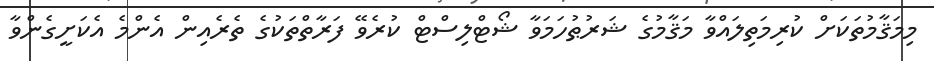
މިމަޤާމުތަކަށް ކުރިމަތިލައްވާ މަޤާމުގެ ޝަރުޠުހަމަވާ ޝޯޓްލިސްޓް ކުރެވޭ ފަރާތްތަކުގެ ތެރެއިން އެންމެ އެކަށީގެންވާ